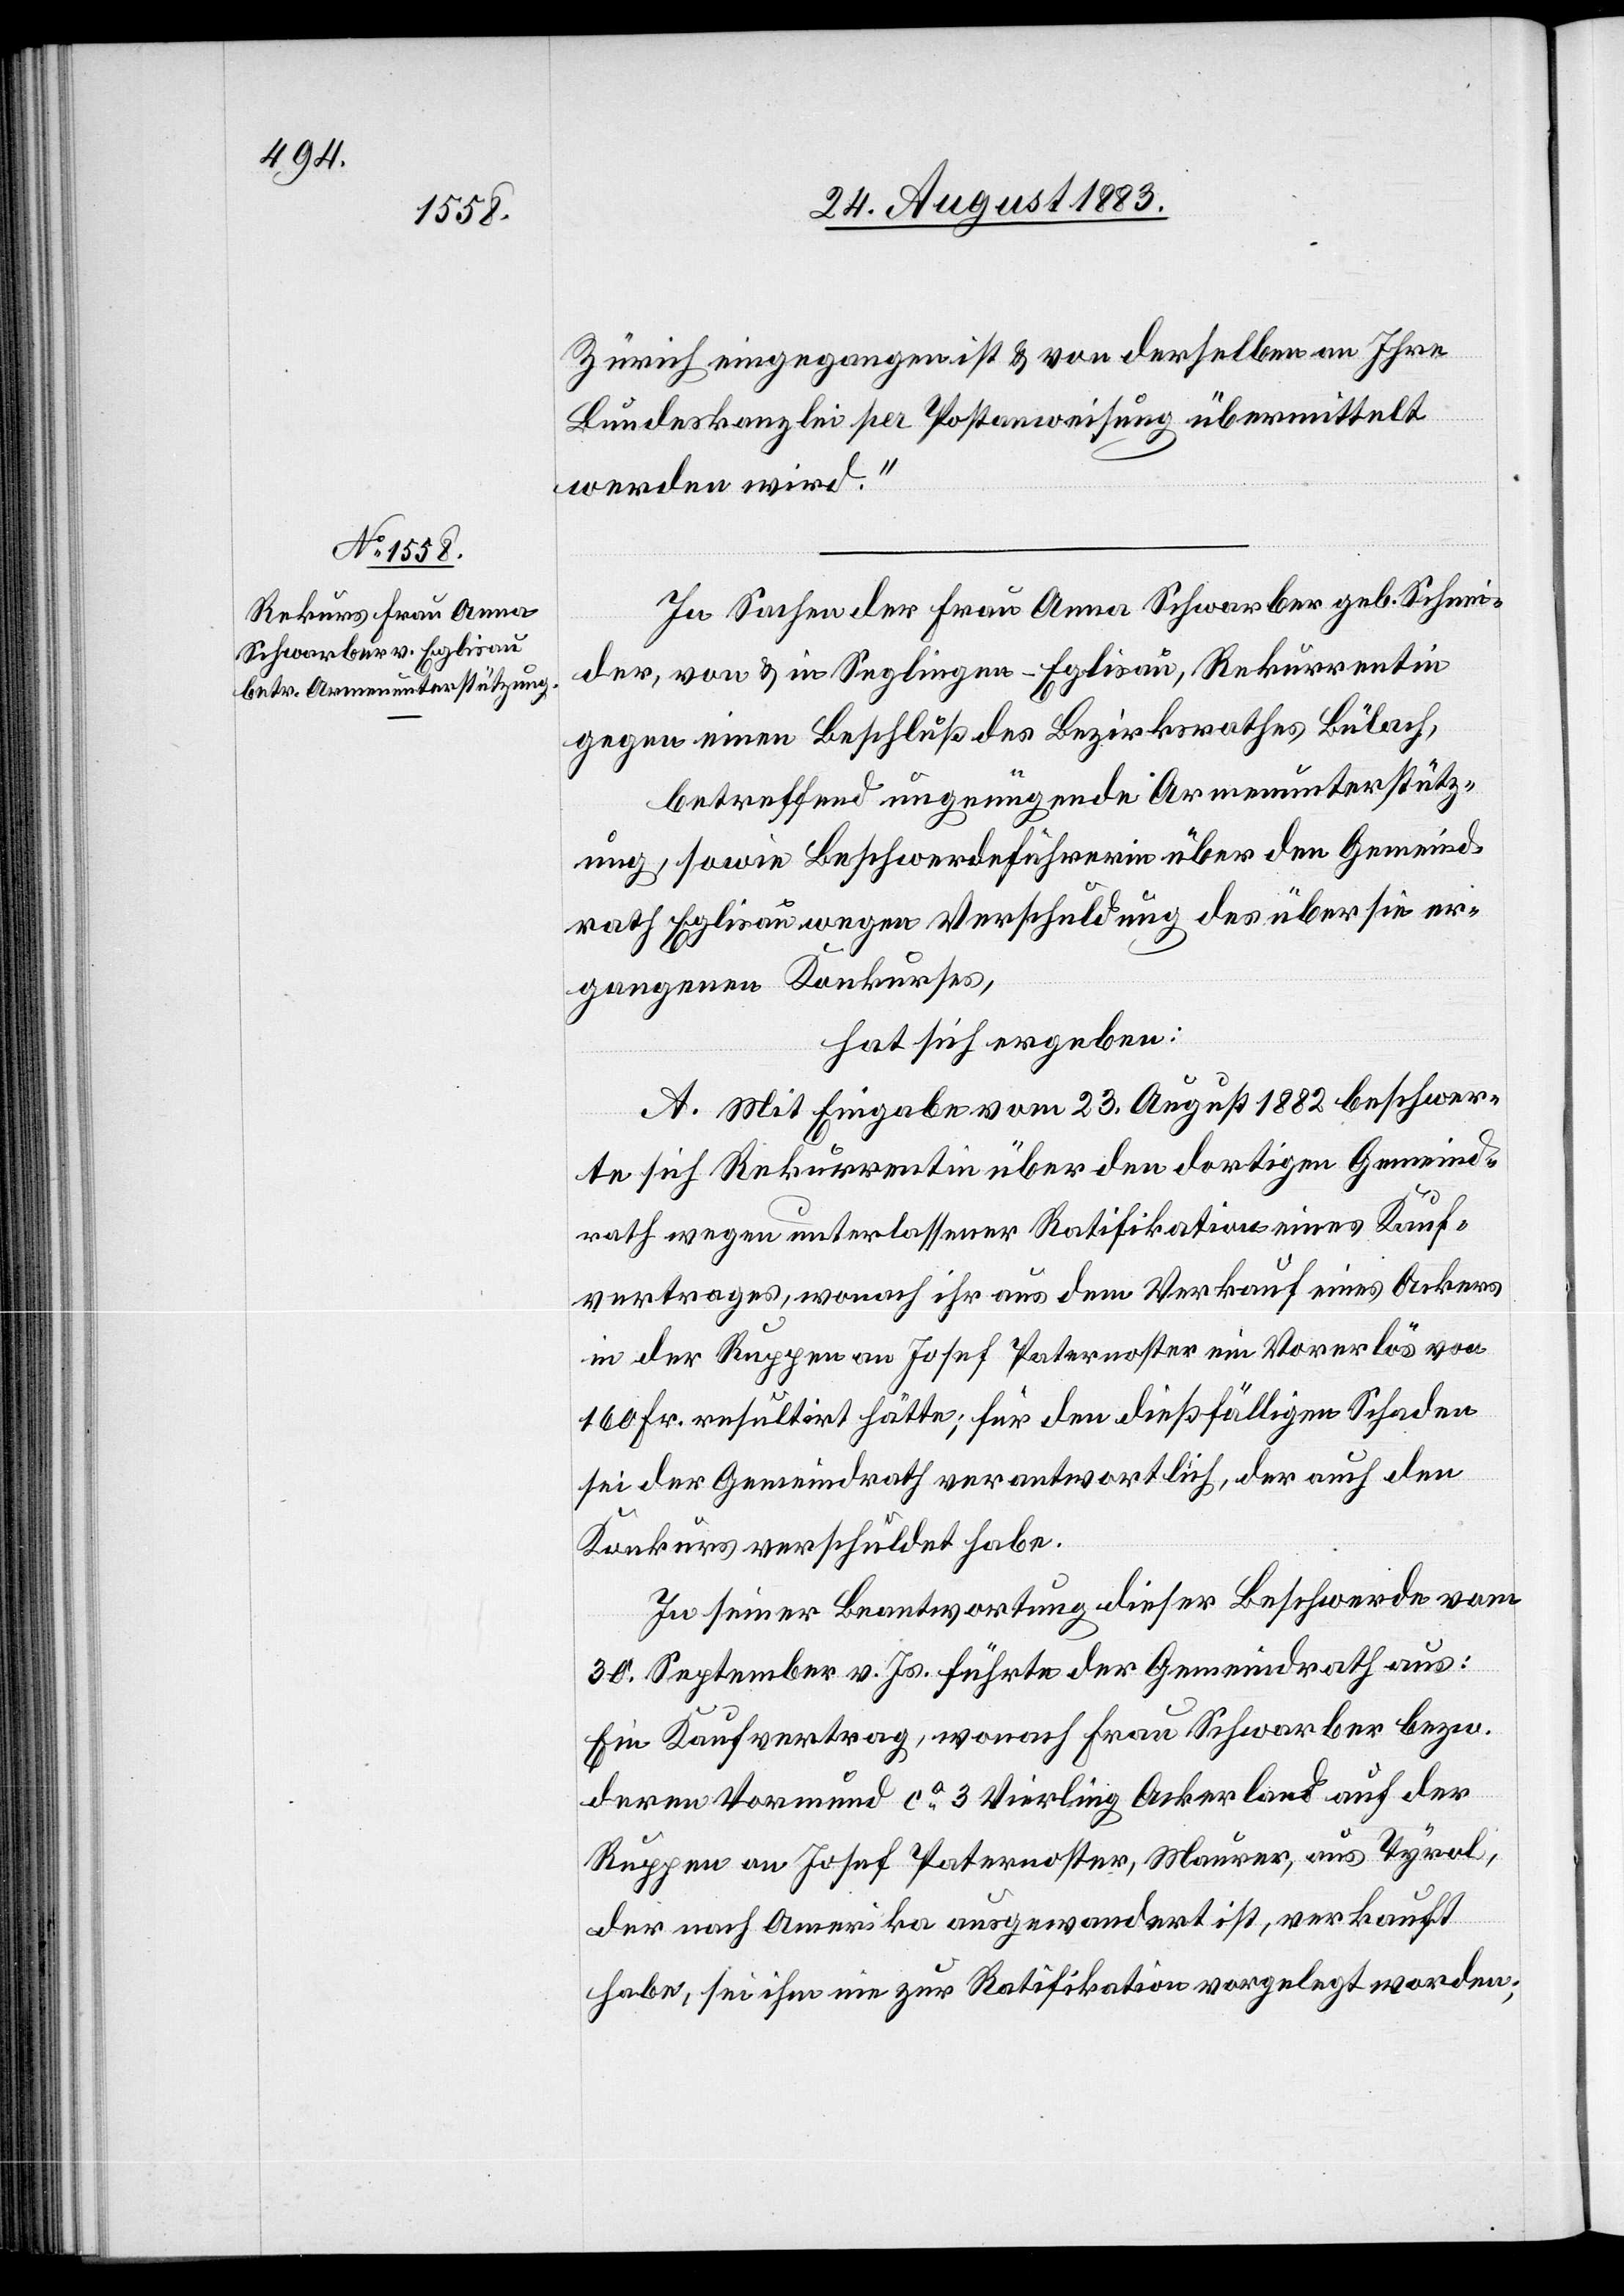
Zürich eingegangen ist & von derselben an Ihre
Bundeskanzlei per Postanweisung übermittelt
werden wird.“
In Sachen der Frau Anna Schwarber geb. Schnei¬
der, von & in Segelingen - Eglisau, Rekurrentin
gegen einen Beschluß des Bezirksrathes Bülach,
betreffend ungenügende Armenunterstütz¬
ung, sowie Beschwerdeführerin über den Gemeind¬
rath Eglisau wegen Verschuldung des über sie er¬
gangenen Rekurses,
hat sich ergeben:
A. Mit Eingabe vom 23. August 1882 beschwer¬
te sich Rekurrentin über den dortigen Gemeind¬
rath wegen unterlassener Ratifikation eines Kauf¬
vertrages, wonach ihr aus dem Verkauf eines Ackers
in der Ruppen an Josef Paternoster ein Vorerlös von
160 Fr. resultirt hätte; für den dießfälligen Schaden
sei der Gemeindrath verantwortlich, der auch den
Konkurs verschuldet habe.
In seiner Beantwortung dieser Beschwerde vom
30. September v. Js. führte der Gemeindrath aus:
Ein Kaufvertrag, wonach Frau Schwarber bezw.
deren Vormund ca 3 Vierling Ackerland auf der
Ruppen an Josef Paternoster, Maurer, aus Tyrol,
der nach Amerika ausgewandert ist, verkauft
habe, sei ihm nie zur Ratifikation vorgelegt worden;